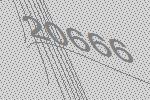
20666